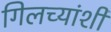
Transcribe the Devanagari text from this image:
गिलच्यांशी